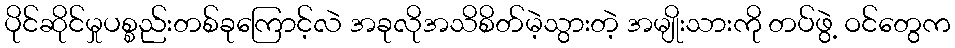
ပိုင်ဆိုင်မှုပစ္စည်းတစ်ခုကြောင့်လဲ အခုလိုအသိစိတ်မဲ့သွားတဲ့ အမျိုးသားကို တပ်ဖွဲ့ ဝင်တွေက